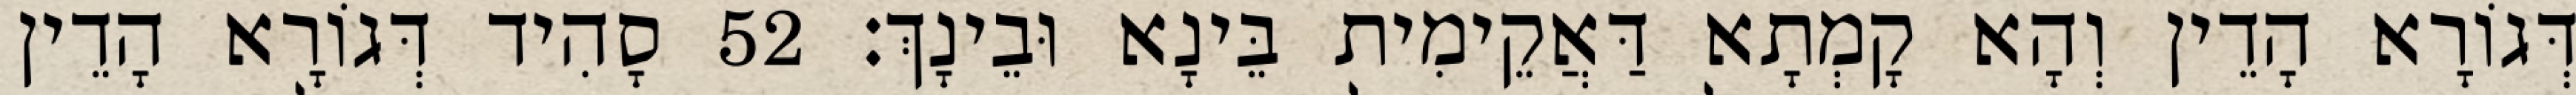
דְּגוֹרָא הָדֵין וְהָא קָמְתָא דַּאֲקֵימִית בֵּינָא וּבֵינָךְ׃ 52 סָהִיד דְּגוֹרָא הָדֵין